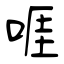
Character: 啀